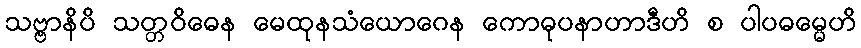
သဗ္ဗာနိပိ သတ္တဝိဓေန မေထုနသံယောဂေန ကောဓုပနာဟာဒီဟိ စ ပါပဓမ္မေဟိ